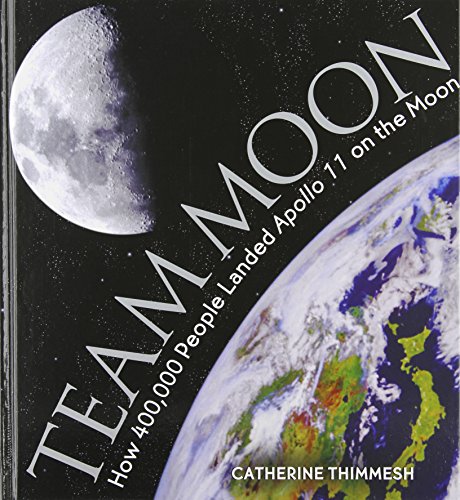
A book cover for Team Moon: How 400,000 People Landed Apollo 11 on the Moon; Catherine Thimmesh; Children's Books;